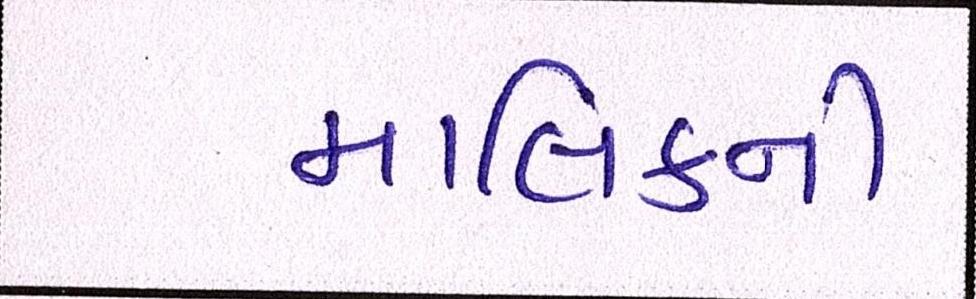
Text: માલિકની